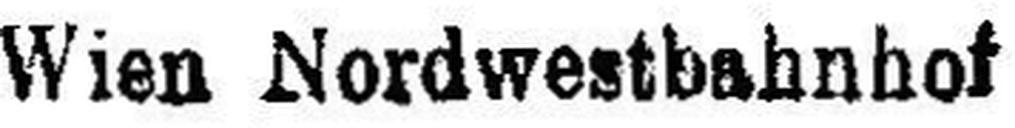
Wien Nordwestbahnhof